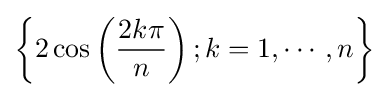
\left\{2\cos \left({\frac {2k\pi }{n}}\right);k=1,\cdots ,n\right\}